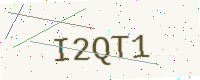
Text: I2QT1